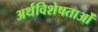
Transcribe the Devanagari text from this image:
अर्थविशेषताओं